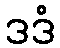
ဒဒံ